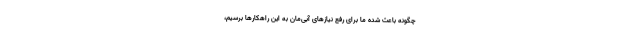
چگونه باعث شده ما برای رفع نیازهای آبی‌مان به این راهکارها برسیم،